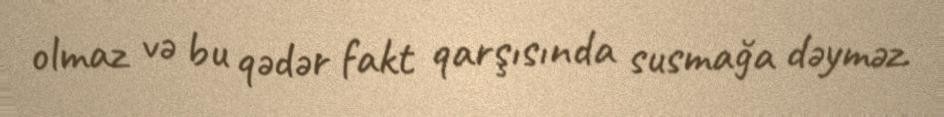
olmaz və bu qədər fakt qarşısında susmağa dəyməz.